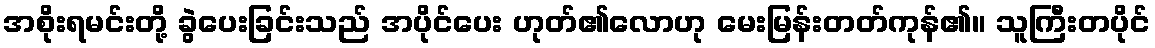
အစိုးရမင်းတို့ ခွဲပေးခြင်းသည် အပိုင်ပေး ဟုတ်၏လောဟု မေးမြန်းတတ်ကုန်၏။ သူကြီးတပိုင်